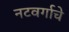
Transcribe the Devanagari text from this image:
नटवर्गाचे